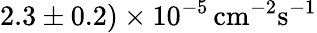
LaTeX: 2.3\pm 0.2)\times 10^{-5}\, \textrm{cm}^{-2}\textrm{s}^{-1}